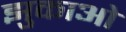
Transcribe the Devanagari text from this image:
झुकाओ